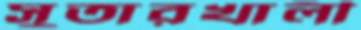
সুতারখালী